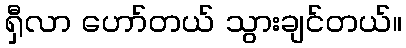
ရှီလာ ဟော်တယ် သွားချင်တယ်။